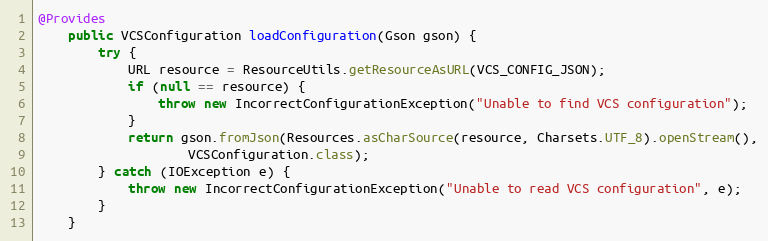
Language: Java
@Provides
    public VCSConfiguration loadConfiguration(Gson gson) {
        try {
            URL resource = ResourceUtils.getResourceAsURL(VCS_CONFIG_JSON);
            if (null == resource) {
                throw new IncorrectConfigurationException("Unable to find VCS configuration");
            }
            return gson.fromJson(Resources.asCharSource(resource, Charsets.UTF_8).openStream(),
                    VCSConfiguration.class);
        } catch (IOException e) {
            throw new IncorrectConfigurationException("Unable to read VCS configuration", e);
        }
    }